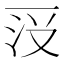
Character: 𱍗